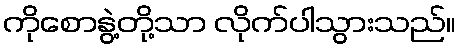
ကိုစောနွဲ့တို့သာ လိုက်ပါသွားသည်။